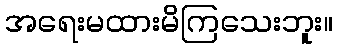
အရေးမထားမိကြသေးဘူး။